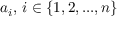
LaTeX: a _ { i } , \, i \in \{ 1 , 2 , . . . , n \}